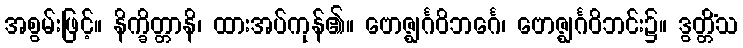
အစွမ်းဖြင့်။ နိက္ခိတ္တာနိ၊ ထားအပ်ကုန်၏။ ဗောဇ္ဈင်္ဂဝိဘင်္ဂေ၊ ဗောဇ္ဈင်္ဂဝိဘင်း၌။ ဒွတ္တိံသ